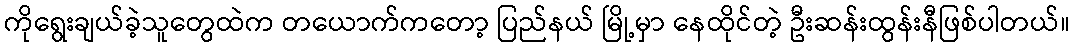
ကိုရွေးချယ်ခဲ့သူတွေထဲက တယောက်ကတော့ ပြည်နယ် မြို့မှာ နေထိုင်တဲ့ ဦးဆန်းထွန်းနီဖြစ်ပါတယ်။